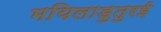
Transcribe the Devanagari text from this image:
मयिलाडुतुरई